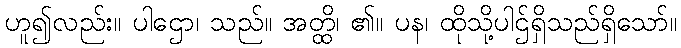
ဟူ၍လည်း။ ပါဌော၊ သည်။ အတ္ထိ၊ ၏။ ပန၊ ထိုသို့ပါဌ်ရှိသည်ရှိသော်။